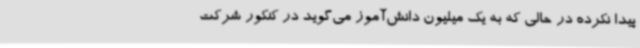
پیدا نکرده در حالی که به یک میلیون دانش‌آموز می‌گوید در کنکور شرکت